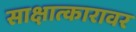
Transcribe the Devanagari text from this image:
साक्षात्कारावर